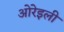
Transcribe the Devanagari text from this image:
ओरेइली